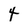
Character: 4